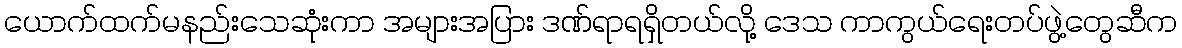
ယောက်ထက်မနည်းသေဆုံးကာ အများအပြား ဒဏ်ရာရရှိတယ်လို့ ဒေသ ကာကွယ်ရေးတပ်ဖွဲ့တွေဆီက